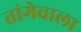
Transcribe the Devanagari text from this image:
तांगेवाला